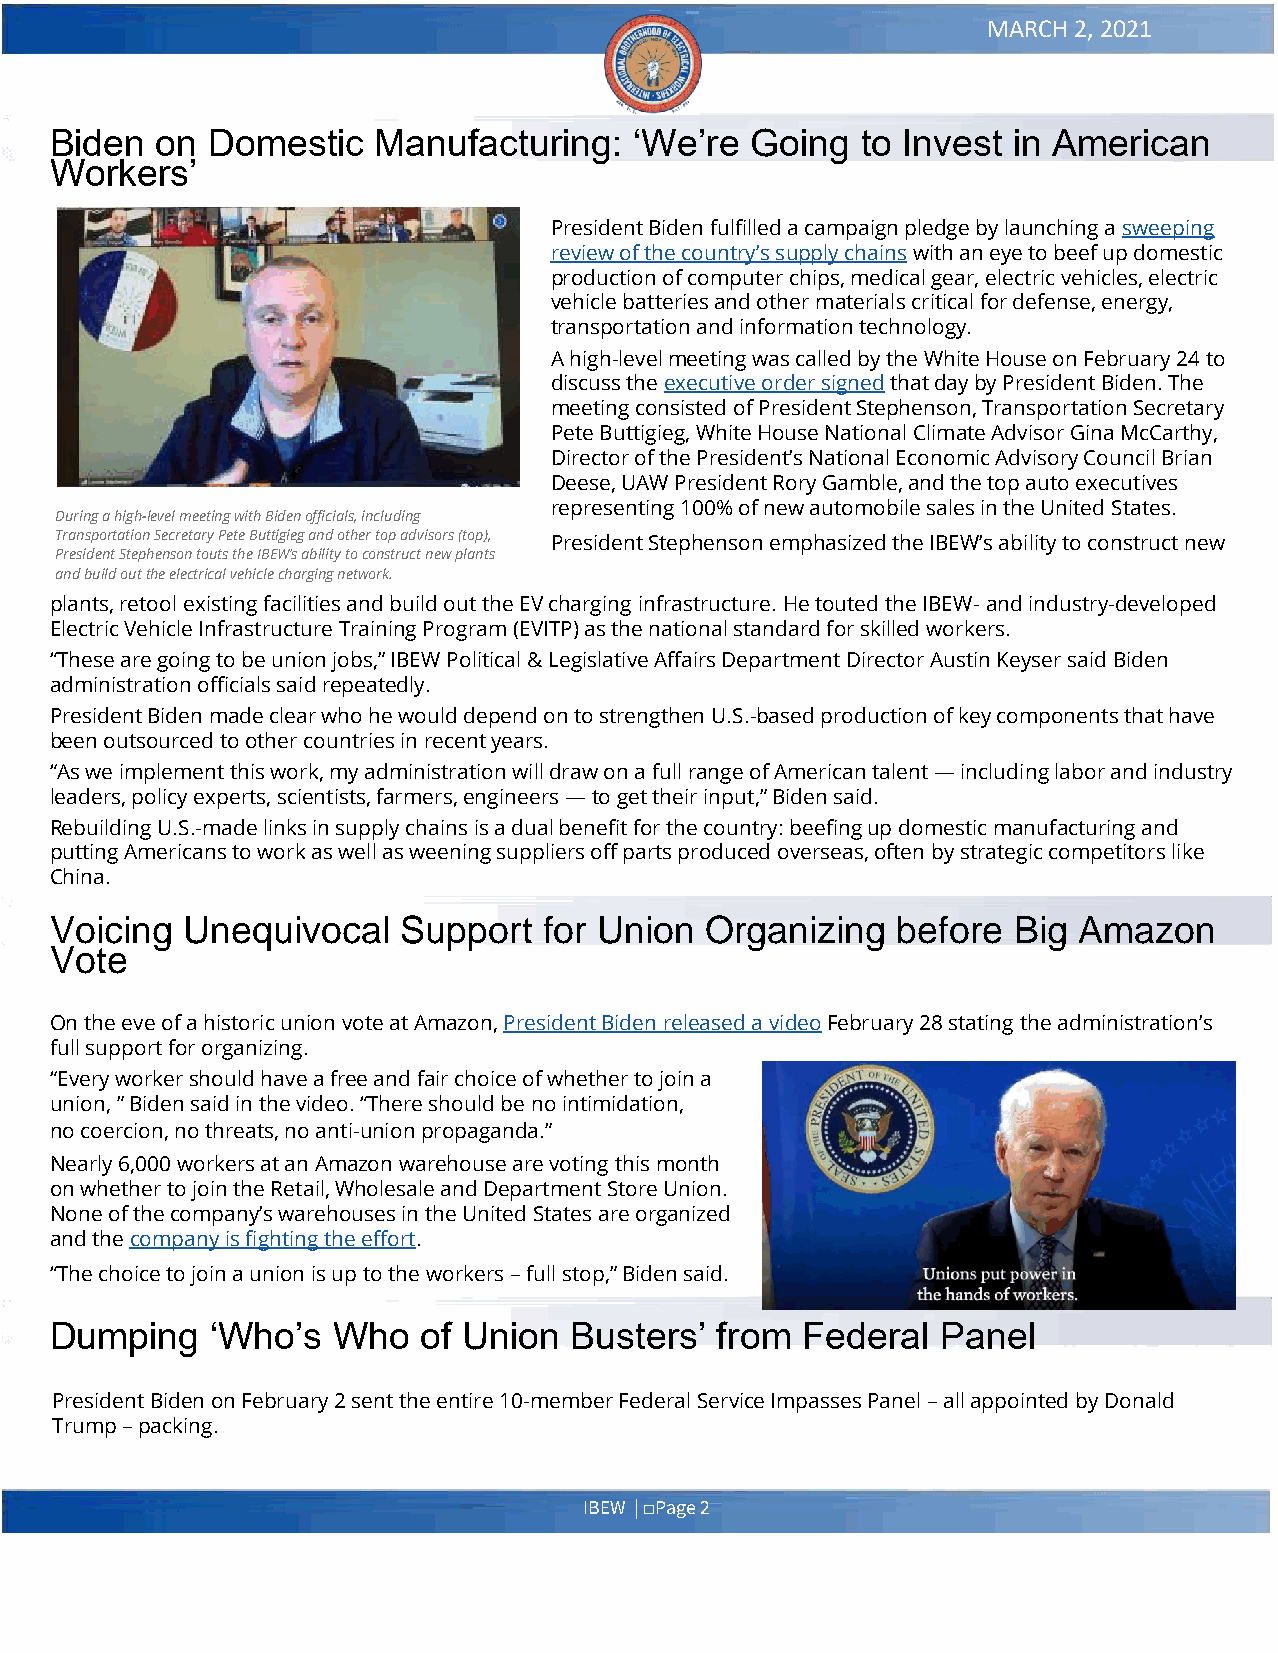
MARCH 2, 2021
 Biden  on  Domestic   Manufacturing:   ‘We’re  Going  to Invest in American
 Workers’
 President Biden fulfilled a campaign pledge by launching a sweeping
 review of the country’s supply chains with an eye to beef up domestic
 production of computer chips, medical gear, electric vehicles, electric
 vehicle batteries and other materials critical for defense, energy,
 transportation and information technology.
 A high-level meeting was called by the White House on February 24 to
 discuss the executive order signed that day by President Biden. The
 meeting consisted of President Stephenson, Transportation Secretary
 Pete Buttigieg, White House National Climate Advisor Gina McCarthy,
 Director of the President’s National Economic Advisory Council Brian
 Deese, UAW President Rory Gamble, and the top auto executives
 representing 100% of new automobile sales in the United States.
 During a high-level meeting with Biden officials, including
 Transportation Secretary Pete Buttigieg and other top advisors (top), President Stephenson emphasized the IBEW’s ability to construct new
 President Stephenson touts the IBEW’s ability to construct new plants
 and build out the electrical vehicle charging network.
 plants, retool existing facilities and build out the EV charging infrastructure. He touted the IBEW- and industry-developed
 Electric Vehicle Infrastructure Training Program (EVITP) as the national standard for skilled workers.
 “These are going to be union jobs,” IBEW Political & Legislative Affairs Department Director Austin Keyser said Biden
 administration officials said repeatedly.
 President Biden made clear who he would depend on to strengthen U.S.-based production of key components that have
 been outsourced to other countries in recent years.
 “As we implement this work, my administration will draw on a full range of American talent — including labor and industry
 leaders, policy experts, scientists, farmers, engineers — to get their input,” Biden said.
 Rebuilding U.S.-made links in supply chains is a dual benefit for the country: beefing up domestic manufacturing and
 putting Americans to work as well as weening suppliers off parts produced overseas, often by strategic competitors like
 China.
 Voicing  Unequivocal   Support   for Union  Organizing  before  Big Amazon
 Vote
 On the eve of a historic union vote at Amazon, President Biden released a video February 28 stating the administration’s
 full support for organizing.
 “Every worker should have a free and fair choice of whether to join a
 union, ” Biden said in the video. “There should be no intimidation,
 no coercion, no threats, no anti-union propaganda.”
 Nearly 6,000 workers at an Amazon warehouse are voting this month
 on whether to join the Retail, Wholesale and Department Store Union.
 None of the company’s warehouses in the United States are organized
 and the company is fighting the effort.
 “The choice to join a union is up to the workers – full stop,” Biden said.
 Dumping    ‘Who’s  Who   of Union  Busters’ from  Federal  Panel
 President Biden on February 2 sent the entire 10-member Federal Service Impasses Panel – all appointed by Donald
 Trump – packing.
 IBEW | □Page 2